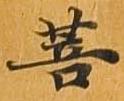
菩